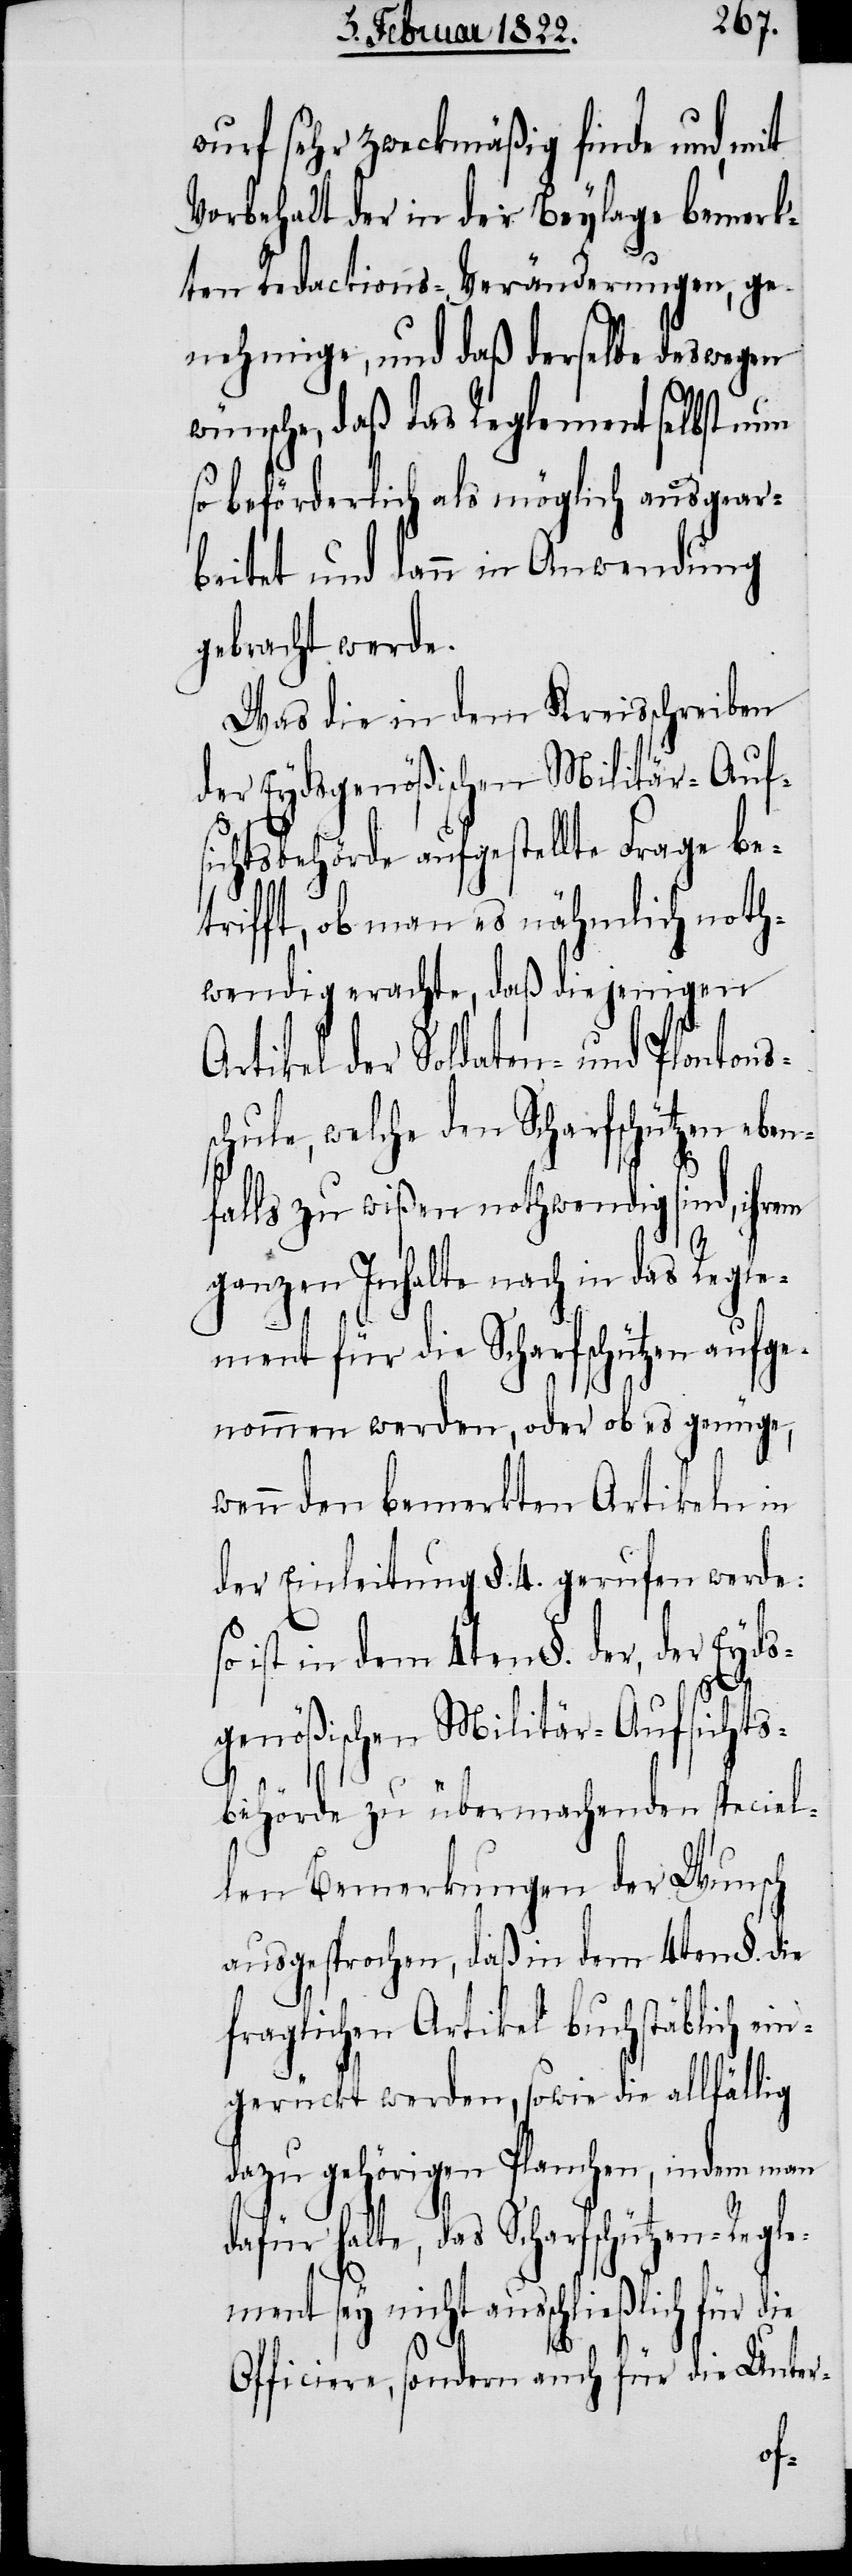
wurf sehr zweckmäßig finde und, mit
Vorbehalt der in der Beylage bemerk¬
ten Redactions-Veränderungen, ge¬
nehmige, und daß derselbe deswegen
wünsche, daß das Reglement selbst nun
so beförderlich als möglich ausgear¬
beitet und dann in Anwendung
gebracht werde.
Was die in dem Kreisschreiben
der Eydsgenößischen Militär-Auf¬
sichtsbehörde aufgestellte Frage be¬
trifft, ob man es nähmlich noth¬
wendig erachte, daß diejenigen
rtikel der Soldaten- und Plontons¬
schule, welche den Scharfschützen eben¬
so
falls zu wißen nothwendig sind, ihrem
ganzen Inhalte nach in das Regle¬
ment für die Scharfschützen aufge¬
nommen werden, oder ob es genüge,
wenn den bemerkten Artikeln in
der Einleitung §. 4. gerufen werde:
ist in dem 4ten §. der, der Eyds¬
gle¬
genößischen Militär-Aufsichts¬
behörde zu übermachenden speciel¬
len Bemerkungen der Wunsch
ausgesprochen, daß in dem 4ten §. die
fraglichen Artikel buchstäblich ein¬
gerückt werden, sowie die allfällig
dazu gehörigen Planchen, indem man
halte, das Scharfschützen-Re¬
ment sey nicht ausschließlich für die
Officiere, sondern auch für die Unter-